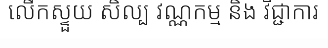
លើកស្ទួយ សិល្ប វណ្ណកម្ម និង វិជ្ជាការ